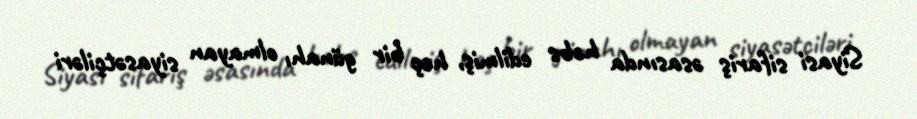
Siyasi sifariş əsasında həbs edilmiş, heç bir günahı olmayan siyasətçiləri